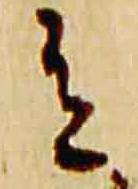
有